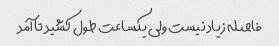
فاصله زیاد نیست ولی یکساعت طول کشید تا آمد